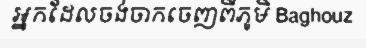
អ្នកដែលចង់ចាកចេញពីភូមិ Baghouz